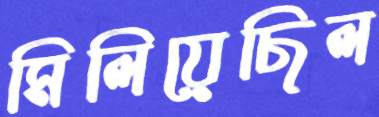
মিলিয়েছিল